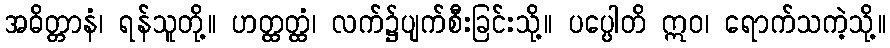
အဓိတ္တာနံ၊ ရန်သူတို့။ ဟတ္ထတ္ထံ၊ လက်၌ပျက်စီးခြင်းသို့။ ပပ္ပေါတိ ဣဝ၊ ရောက်သကဲ့သို့။